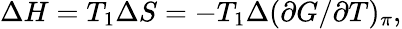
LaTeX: \Delta{H}=T_{1}\Delta{S}=-T_{1}\Delta(\partial{G}/\partial{T})_{\pi},